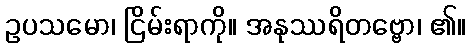
ဥပသမော၊ ငြိမ်းရာကို။ အနုဿရိတဗ္ဗော၊ ၏။